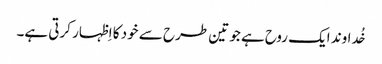
خُداوند ایک روح ہے جو تین طرح سے خود کا اِظہار کرتی ہے۔